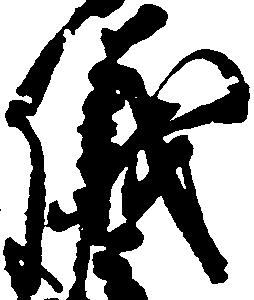
儀